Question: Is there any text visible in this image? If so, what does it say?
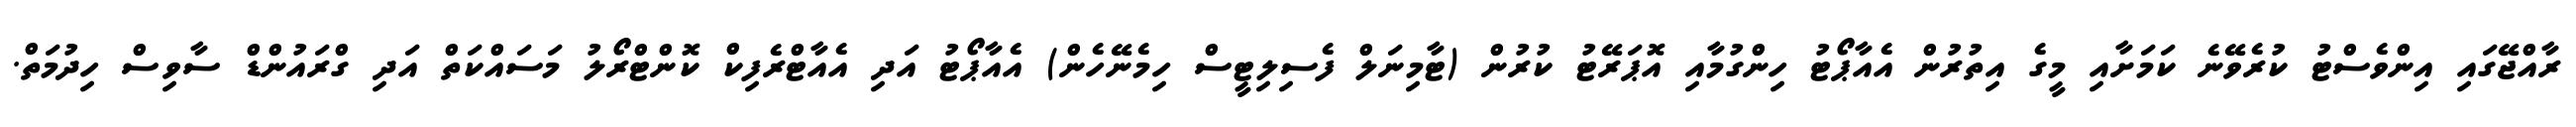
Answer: ރާއްޖޭގައި އިންވެސްޓު ކުރެވޭނެ ކަމަށާއި މީގެ އިތުރުން އެއާޕޯޓު ހިންގުމާއި އޮޕަރޭޓު ކުރުން (ޓާމިނަލް ފެސިލިޓީސް ހިމެނޭހެން) އެއާޕޯޓު އަދި އެއާޓްރެފިކް ކޮންޓްރޯލު މަސައްކަތް އަދި ގްރައުންޑް ސާވިސް ހިދުމަތް.